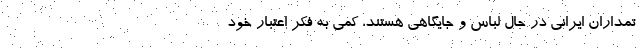
تمداران ایرانی در حال لباس و جایگاهی هستند، کمی به فکر اعتبار خود